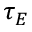
\tau _ { E }